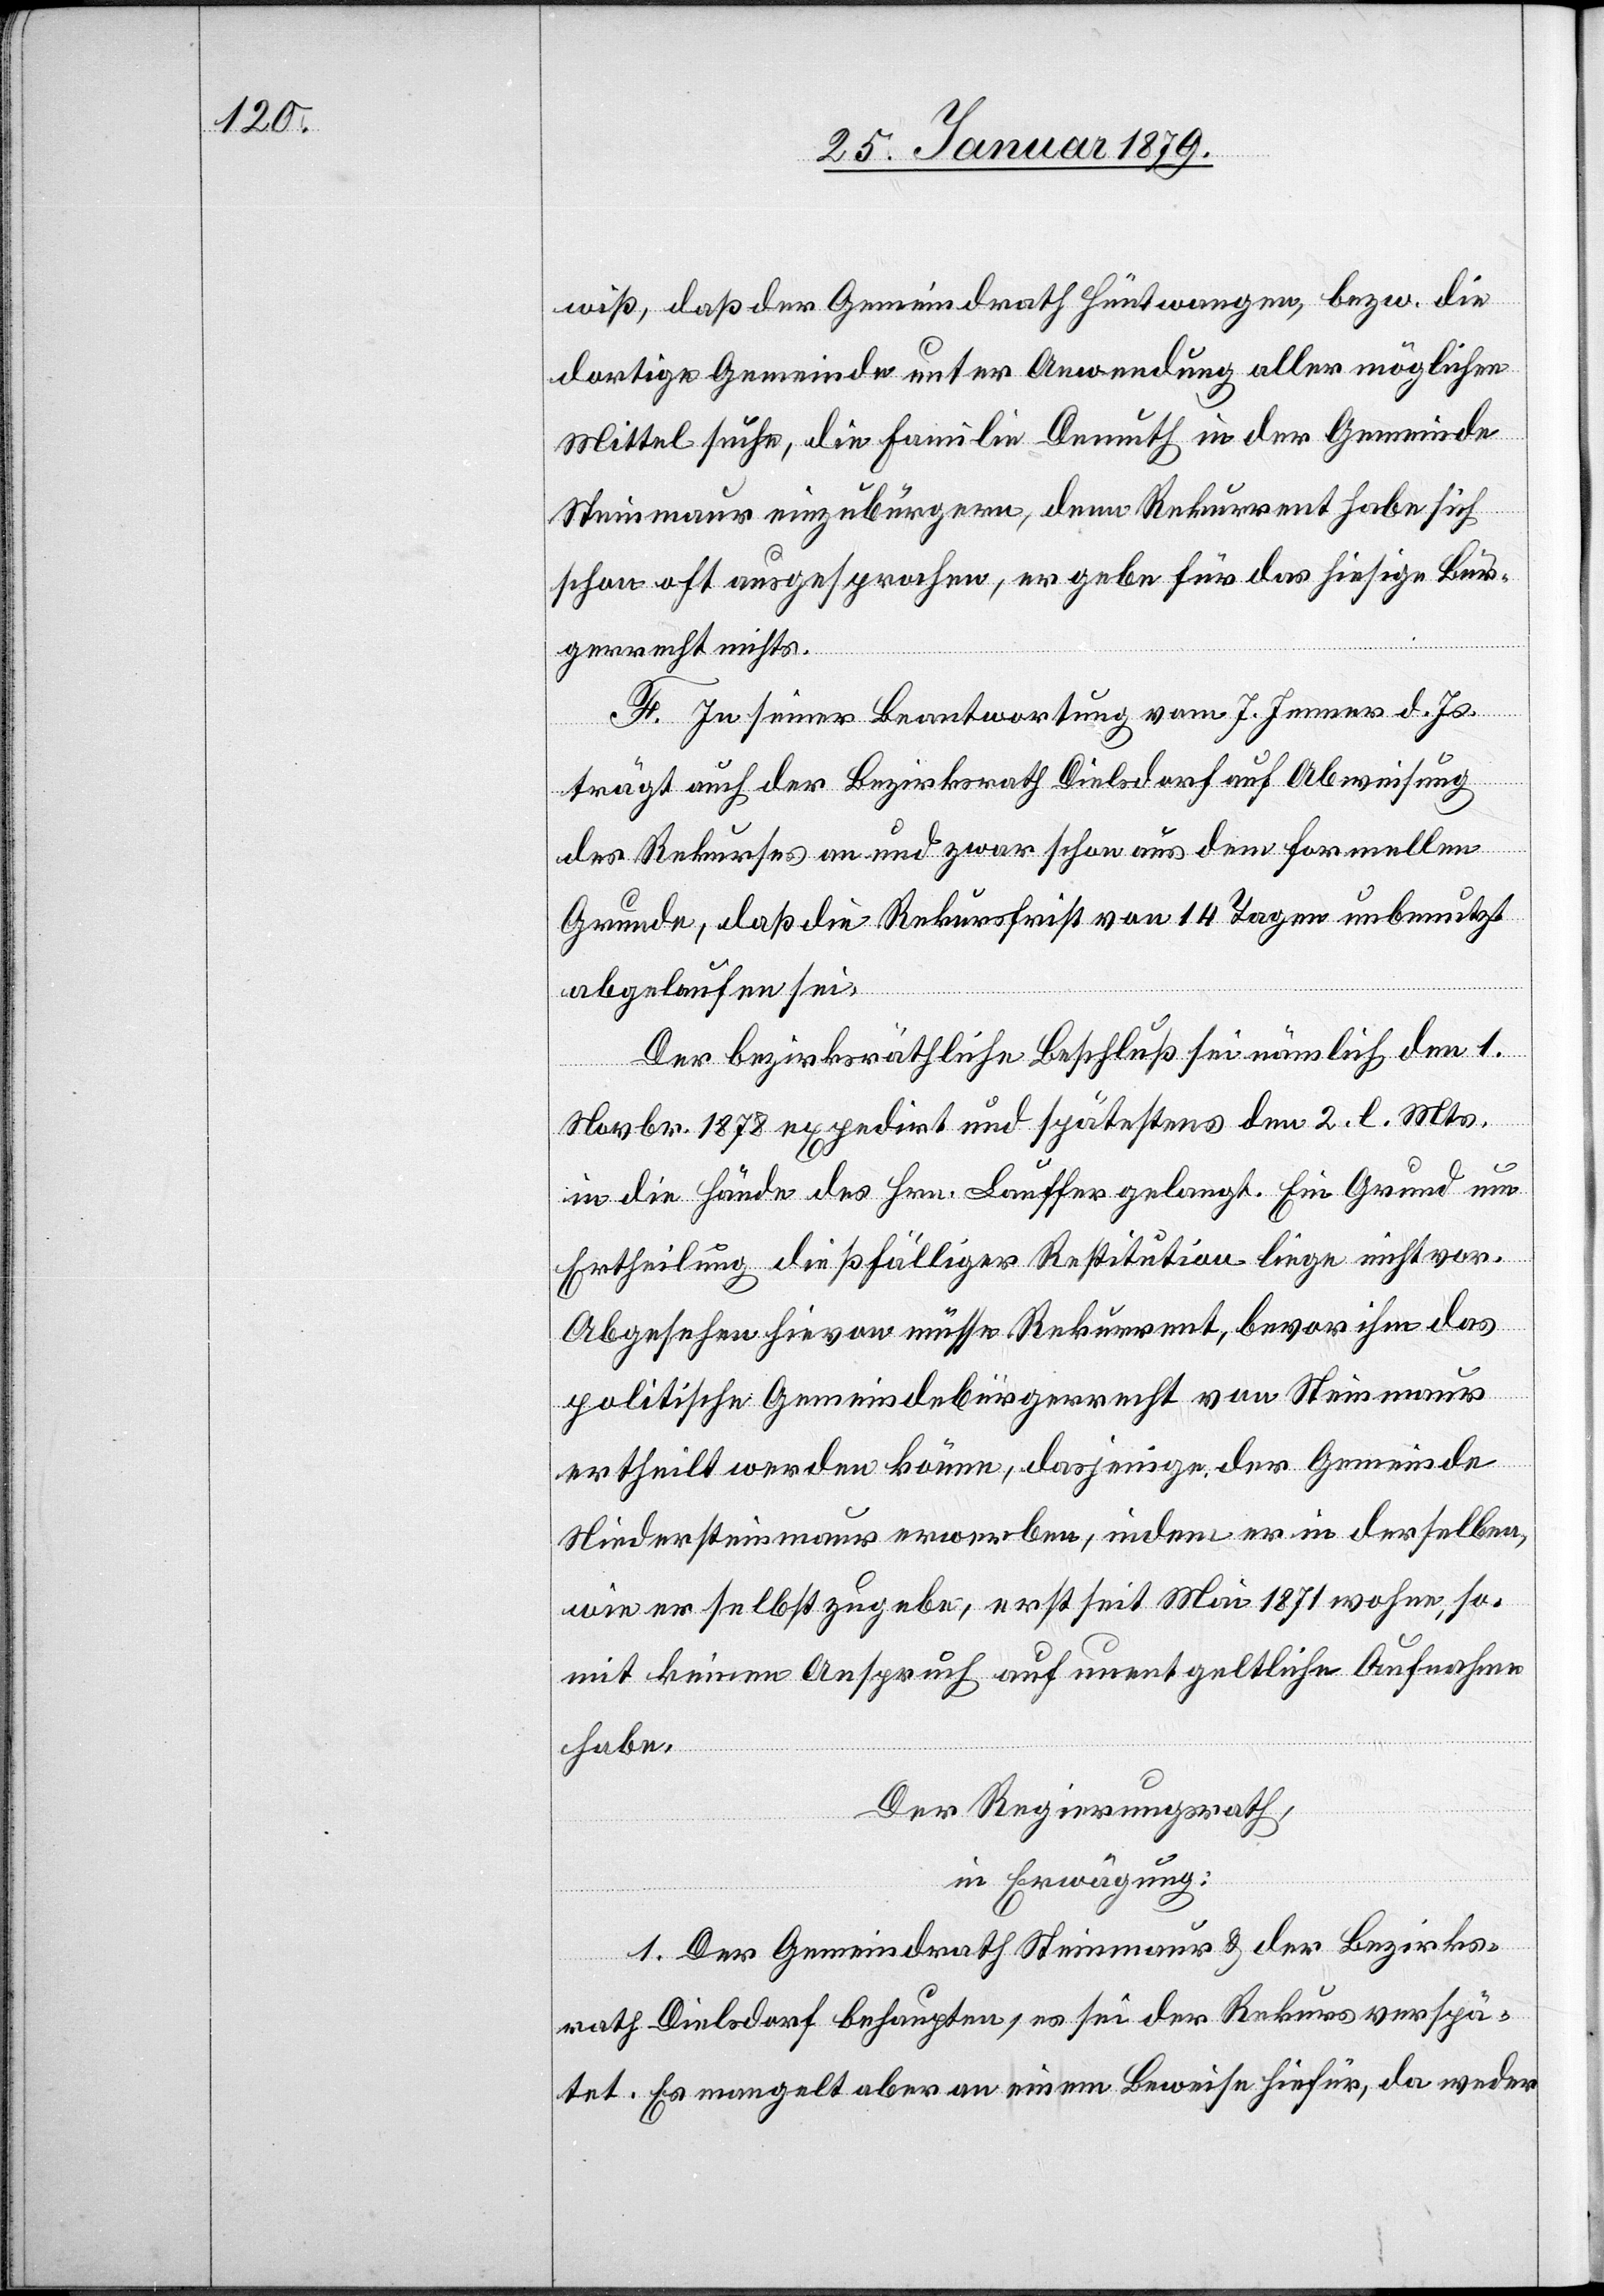
wiß, daß der Gemeindrath Hüntwangen, bezw. die
dortige Gemeinde unter Anwendung aller möglicher
Mittel suche, die Familie Demuth in der Gemeinde
Steinmaur einzubürgern, denn Rekurrent habe sich
schon oft ausgesprochen, er gebe für das hiesige Bür¬
gerrecht nichts.
F. In seiner Beantwortung vom 7. Jenner d. Js.
trägt auch der Bezirksrath Dielsdorf auf Abweisung
des Rekurses an und zwar schon aus dem formellen
Grunde, daß die Rekursfrist von 14 Tagen unbenutzt
abgelaufen sei.
Der bezirksräthliche Beschluß sei nämlich den 1.
Novbr. 1878 expedirt und spätestens den 2. l. Mts.
in die Hände des Hrn. Lauffer gelangt. Ein Grund um
Ertheilung dießfälliger Restitution liege nicht vor.
Abgesehen hievon müsse Rekurrent, bevor ihm das
politische Gemeindebürgerrecht von Steinmaur
ertheilt werden könne, dasjenige der Gemeinde
Niedersteinmaur erwerben indem er in derselben,
wie er selbst zugebe, erst seit Mai 1871 wohne, so¬
mit keinen Anspruch auf unentgeltliche Aufnahme
habe.
Der Regierungsrath,
in Erwägung:
1. Der Gemeindrath Steinmaur & der Bezirks¬
rath Dielsdorf behaupten, es sei der Rekurs verspä¬
tet. Es mangelt aber an einem Beweis hiefür, da weder